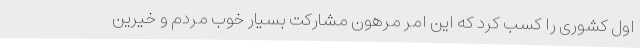
اول کشوری را کسب کرد که این امر مرهون مشارکت بسیار خوب مردم و خیرین